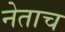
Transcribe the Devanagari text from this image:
नेताच